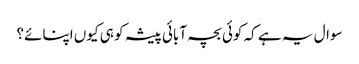
سوال یہ ہے کہ کوئی بچہ آبائی پیشہ کو ہی کیوں اپنائے؟